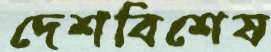
দেশবিশেষ